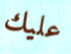
عليك